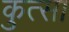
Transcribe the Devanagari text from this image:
कुत्सा